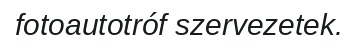
fotoautotróf szervezetek.